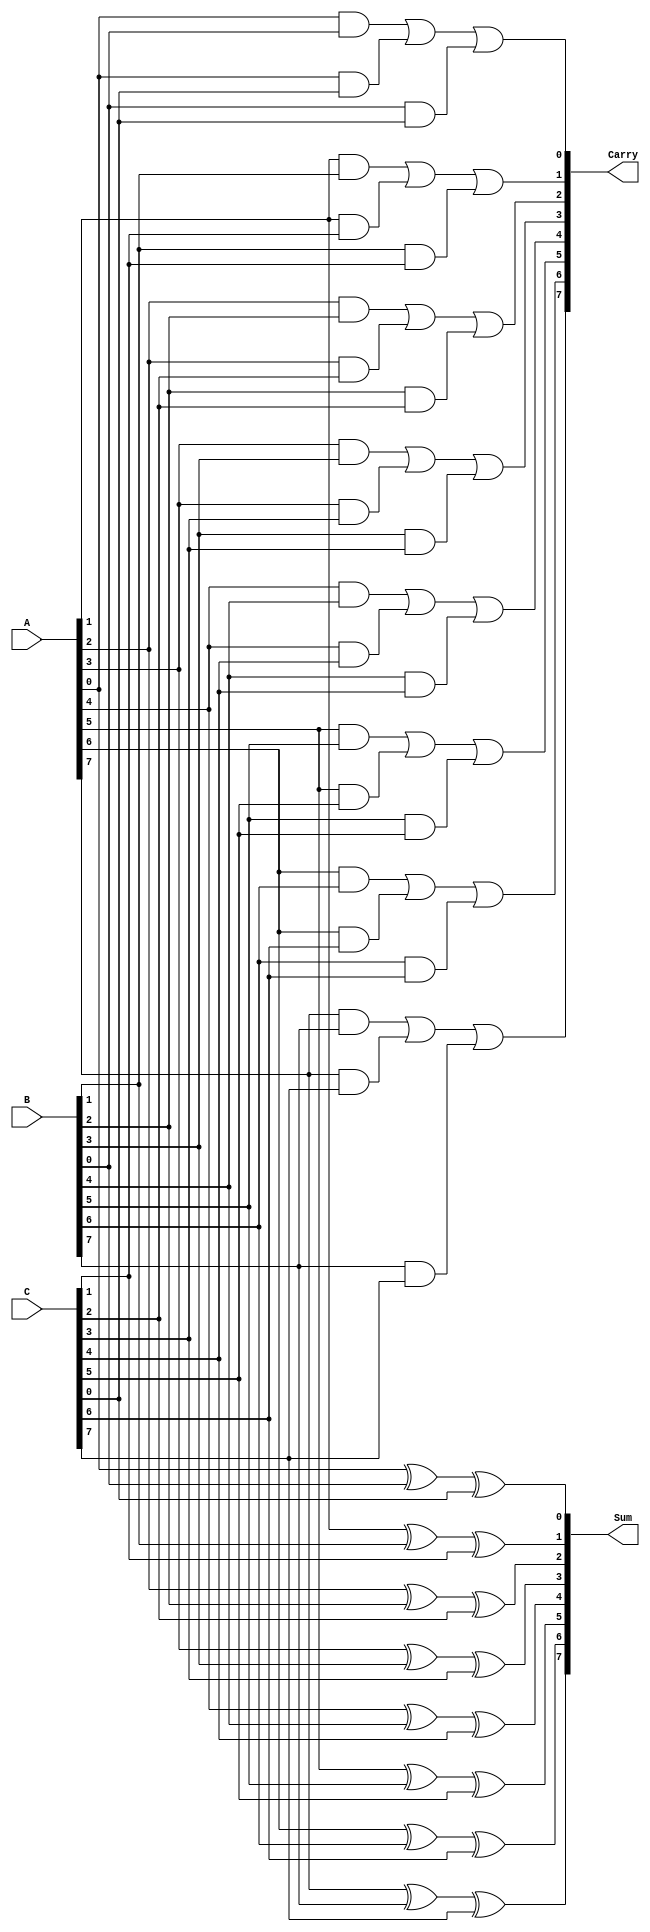
module ModifiedCarrySaveAdder #(parameter n = 8) (
    input [n-1:0] A,  // First operand
    input [n-1:0] B,  // Second operand
    input [n-1:0] C,  // Third operand
    output [n-1:0] Sum,  // Sum output
    output [n-1:0] Carry  // Carry output
);

    // Intermediate signals for carry generation
    wire [n-1:0] carry_ab, carry_ac, carry_bc;

    // Calculate sum and carries for each bit
    genvar i;
    generate
        for (i = 0; i < n; i = i + 1) begin : CSA
            // Sum is the XOR of the corresponding bits of A, B, and C
            assign Sum[i] = A[i] ^ B[i] ^ C[i];

            // Carry is generated by ANDing the bits and then ORing them
            assign carry_ab[i] = A[i] & B[i];
            assign carry_ac[i] = A[i] & C[i];
            assign carry_bc[i] = B[i] & C[i];

            // Aggregate carries
            assign Carry[i] = carry_ab[i] | carry_ac[i] | carry_bc[i];
        end
    endgenerate

endmodule